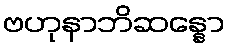
ဗဟုနာဘိဆန္နော